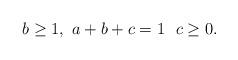
LaTeX: \begin{align*}b\geq 1,\ a+b+c=1\ \ c\geq 0.\end{align*}